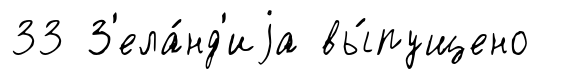
33 З'ела́нд'иjа вы́пущено